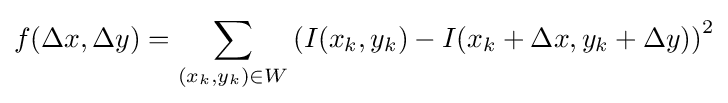
f(\Delta x,\Delta y)={\underset {(x_{k},y_{k})\in W}{\sum }}\left(I(x_{k},y_{k})-I(x_{k}+\Delta x,y_{k}+\Delta y)\right)^{2}